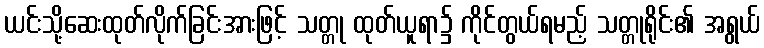
ယင်းသို့ဆေးထုတ်လိုက်ခြင်းအားဖြင့် သတ္တု ထုတ်ယူရာ၌ ကိုင်တွယ်ရမည့် သတ္တုရိုင်း၏ အရွယ်